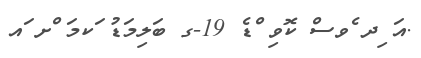
.އަ ިދ ެވސް ކޮވި ްޑެ 19-ގ ބަލިމަޑު ަކމަ ްށ ައ